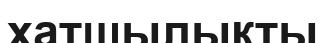
хатшылықты